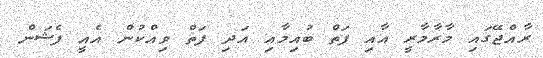
ރާއްޖޭގައި މާރާމާރީ އާއި ފަތް ބުއިމާއި އަދި ފަތް ވިއްކުން އެއީ ފެޝަން